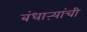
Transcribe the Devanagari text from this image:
बंधाऱ्यांची